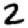
Digit: 2